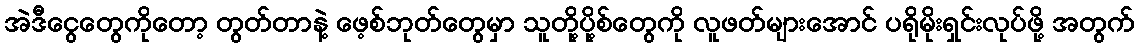
အဲဒီငွေတွေကိုတော့ တွတ်တာနဲ့ ဖေ့စ်ဘုတ်တွေမှာ သူတို့ပို့စ်တွေကို လူဖတ်များအောင် ပရိုမိုးရှင်းလုပ်ဖို့ အတွက်